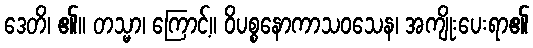
ဒေတိ၊ ၏။ တသ္မာ၊ ကြောင့်။ ဝိပစ္စနောကာသဝသေန၊ အကျိုးပေးရာ၏